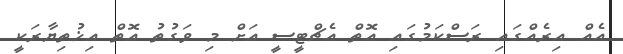
އެއް އިރެއްގައި ރަސްކަމުގައި އޮތް އެޗްޓީސީ އަށް މި ވަގުތު އޮތް އިޚުތިޔާރަކީ